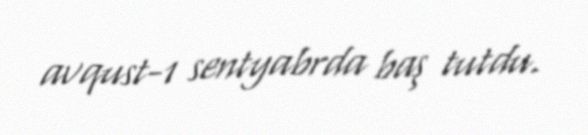
avqust-1 sentyabrda baş tutdu.